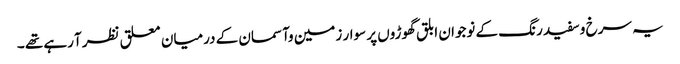
یہ سرخ وسفید رنگ کے نوجوان ابلق گھوڑوں پر سوار زمین وآسمان کے درمیان معلق نظرآ رہے تھے ۔